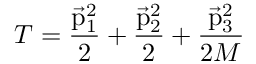
T = { \frac { \vec { \mathrm { p } } _ { 1 } ^ { 2 } } { 2 } } + { \frac { \vec { \mathrm { p } } _ { 2 } ^ { 2 } } { 2 } } + { \frac { \vec { \mathrm { p } } _ { 3 } ^ { 2 } } { 2 M } }